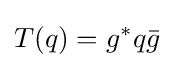
T(q)=g^{*}q{\bar {g}}